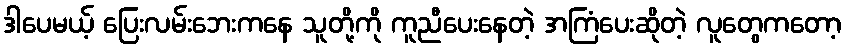
ဒါပေမယ့် ပြေးလမ်းဘေးကနေ သူတို့ကို ကူညီပေးနေတဲ့ အကြံပေးဆိုတဲ့ လူတွေကတော့